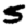
Digit: 5